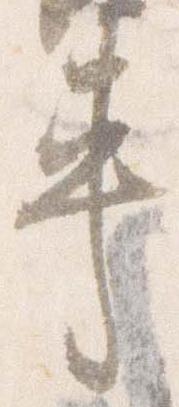
車